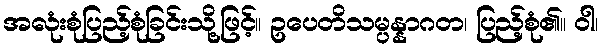
အလုံးစုံပြည့်စုံခြင်းသို့ဖြင့်။ ဥပေတိသမ္ပန္နာဂတ၊ ပြည့်စုံ၏။ ဝါ၊